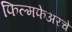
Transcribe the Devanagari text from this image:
फिल्मफेअरचे